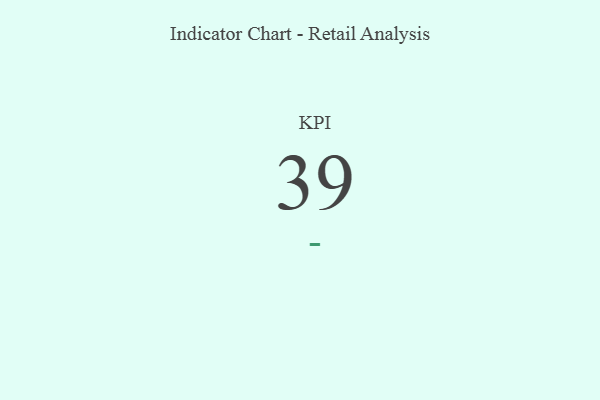
{"axis": {"x": "KPI", "y": "Value"}, "legend": [""], "data": [{"x": "KPI", "y": 39, "type": ""}]}